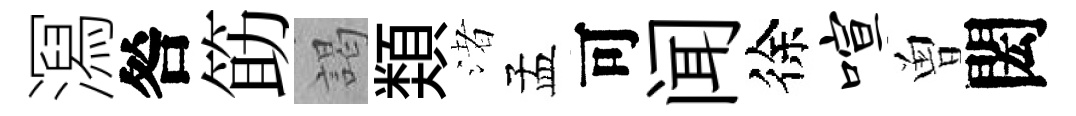
㵼咎筯謁𩔖渚孟可闻徐喧曽閎